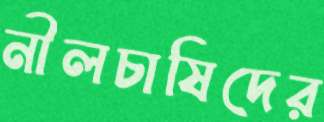
নীলচাষিদের